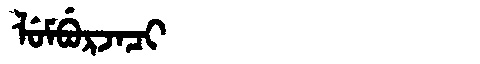
Manchu: ᠯᡠᠮᠪᡠᡵᠵᠠᠴᡳ
Romanization: LUMBURJACI